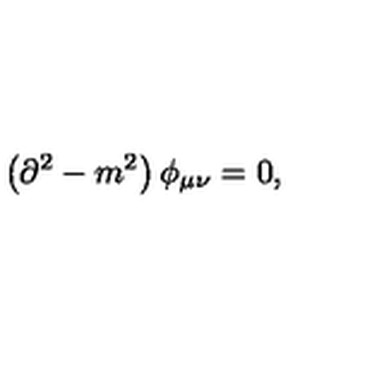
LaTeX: \left( \partial ^ { 2 } - m ^ { 2 } \right) \phi _ { \mu \nu } = 0 ,